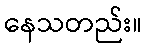
နေသတည်း။